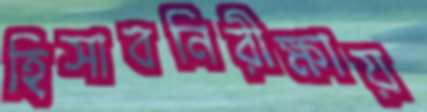
হিসাবনিরীক্ষায়